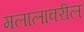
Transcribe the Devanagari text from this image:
मलालावरील